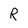
Character: R